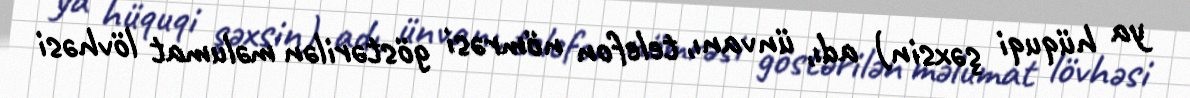
ya hüquqi şəxsin) adı, ünvanı, telefon nömrəsi göstərilən məlumat lövhəsi